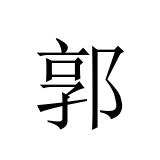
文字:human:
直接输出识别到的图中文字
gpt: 郭